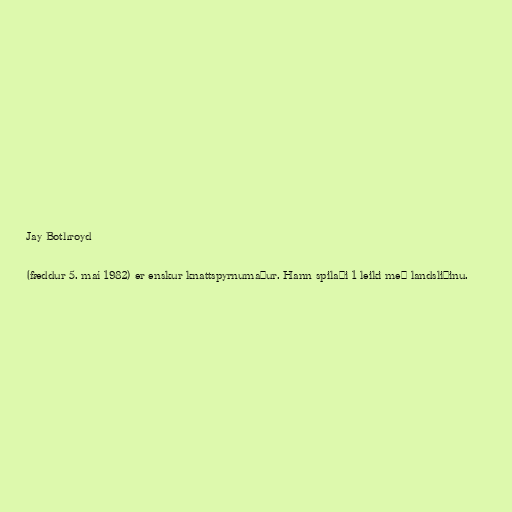
Jay Bothroyd

(fæddur 5. maí 1982) er enskur knattspyrnumaður. Hann spilaði 1 leiki með landsliðinu.